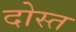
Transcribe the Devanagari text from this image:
दोस्त